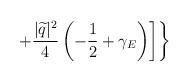
LaTeX: \begin{align*}+\frac{|\widetilde{q}|^{2}}{4}\left(-\frac{1}{2}+\gamma_{E}\right)\biggr]\biggr\}\end{align*}